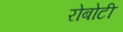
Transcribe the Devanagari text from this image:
रोबोटी